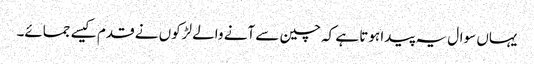
یہاں سوال یہ پیدا ہوتا ہے کہ چین سے آنے والے لڑکوں نے قدم کیسے جمائے۔